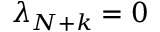
\lambda _ { N + k } = 0